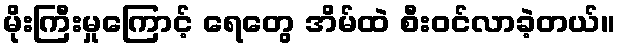
မိုးကြီးမှုကြောင့် ရေတွေ အိမ်ထဲ စီးဝင်လာခဲ့တယ်။